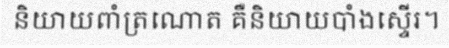
និយាយពាំត្រណោត គឺនិយាយបាំងស្ទើរ។